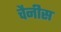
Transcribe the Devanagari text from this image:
चैनीस